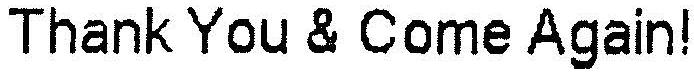
THANK YOU & COME AGAIN!